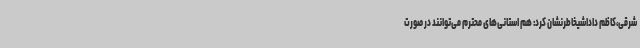
شرقی،کاظم داداشیخاطرنشان کرد: هم استانی‌های محترم می‌توانند در صورت